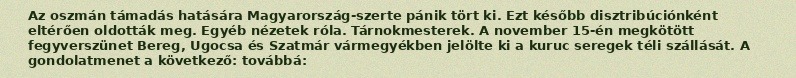
Az oszmán támadás hatására Magyarország-szerte pánik tört ki. Ezt később disztribúciónként eltérően oldották meg. Egyéb nézetek róla. Tárnokmesterek. A november 15-én megkötött fegyverszünet Bereg, Ugocsa és Szatmár vármegyékben jelölte ki a kuruc seregek téli szállását. A gondolatmenet a következő: továbbá: